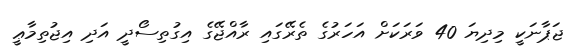
ޖަޕާނަކީ މިދިޔަ 40 ވަރަކަށް އަހަރުގެ ތެރޭގައި ރާއްޖޭގެ އިގުތިސޯދީ އަދި އިޖުތިމާޢީ